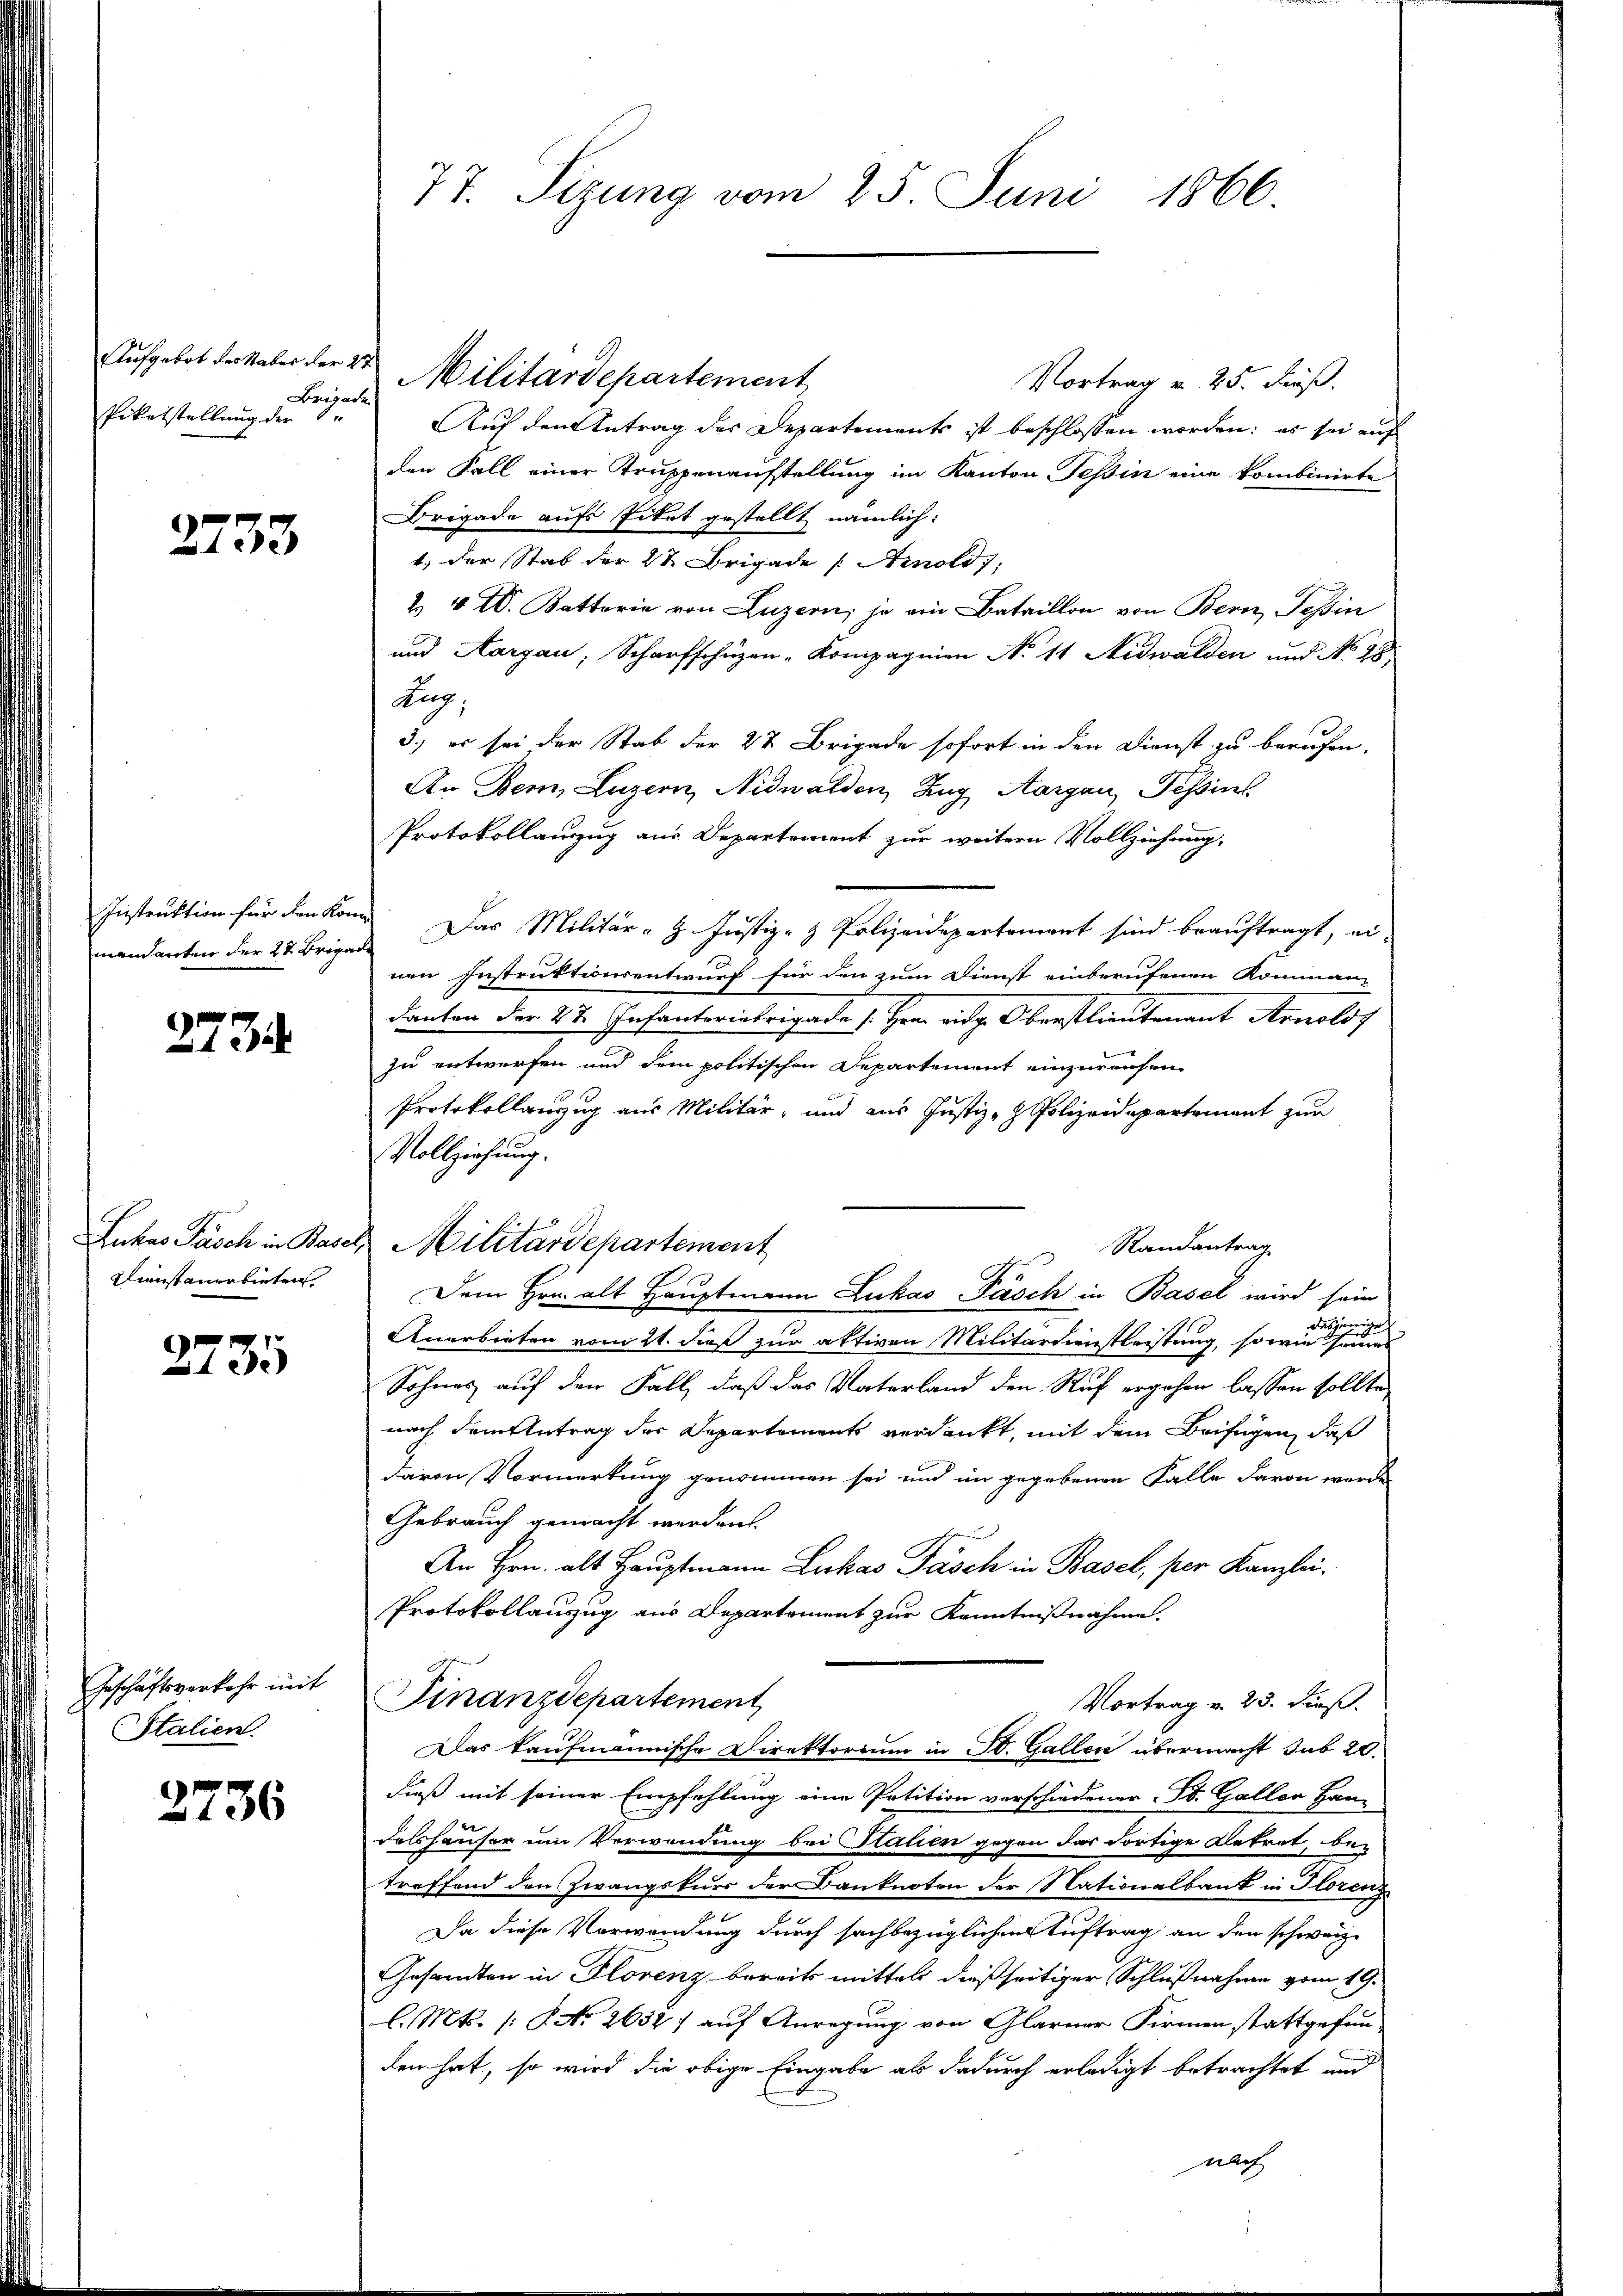
Aufgebot des Vaber der 22
Brigade
Piketstellung der Se

2733

Instruktion für den Kon
mandanten der 21. Brigar

2734

Lukas Pasch in Basel,
Dienstanerbieten

2735

Geschäftsverkehr mit
Stalien.

2736

77. Sizung vom 25. Juni 1866

Militärdepartement
Vortrag v. 25. Fuß.
Auf den Antrag des Departements ist beschlossen worden; es sei auf
den Fall einer Truppenaufstellung im Kanton Tessin eine kombinirte
Brigade aufs Titet gestellt nämlich:
1, der Stab der 27. Brigade (Arnold,
& 4 D. Ketterie von Luzern, je ein Bataillon von Bern Tessin
und Aargau, Scharfschüzen - Kompagnien No 11 Nidwalden und No 48
Aug.
3.) es sei der Stab der 22 Brigade sofort in den Dienst zu berufen.
An Bern, Luzern, Nidwalden, Zug Aargau, Tessin
Protokollanzug aus Departement zur weitern Vollziehung,
 Das Militär-H. Justiz- & Polizeidepartement sind beauftragt, ei
nen Instruktionsentwurf für den zum Dienst einberufenen Komman-
danken der 27. Infanteriebrigade [Hrn. eidg. Oberstlieutenant Arnolds
zu entwerfen und dem politischen Departement einzureichen
Protokollanzug aus Militär, und aus Justiz- & Polizeidepartement zur
Vollziehung.
Randantrag
2
Dem Hrn. alt Hauptmann Lukas Pasch in Basel wird sein
.
dirig
Anerbieten vom 24. dieß zur aktiven Militärdienstleistung, sowie seines
Sohnes auf den Fall, daß das Vaterland den Ruf ergehen lassen sollte,
nach dem Antrag der Departements verdankt, mit dem Beifügen, daß
davon Vormerkung genommen sei und im gegebenen Falle davon werde
Gebrauch gemacht werden.
An Hrn. alt Hauptmann Lukas Pasch in Basel, per Kanzlei¬
Protokollauszug aus Departement zur Kenntnißnahme.
Finanzdepartement
Vortrag v. 23. dieß.
Das kaufmännische Direktorium in St. Gallen übermacht sub 20.
dieß mit seiner Empfehlung eine Petition verschiedener St. Gallen Han-
delshäuser um Verwendung bei Stalien gegen das dortige Betrat, be-
treffend den Zwangskurs der Banknoten der Nationalbank in Florenz
Da diese Verwendung durch sachbezüglichen Auftrag an den schweiz.
Gesandten in Florenz bereits mittels dießseitiger Schlußnahme vom 19.
l. Mts. (: No 2632) auf Anregung von Glarner Firmen stattgefun-
den hat, so wird die obige Eingabe als dadurch erledigt betrachtet und
nlich

Militärdehartement